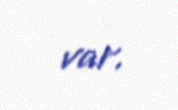
var.